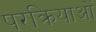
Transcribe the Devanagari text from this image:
परक्रियाओं